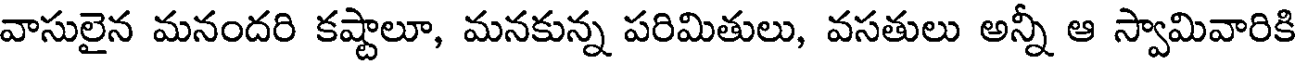
వాసులైన మనందరి కష్టాలూ, మనకున్న పరిమితులు, వసతులు అన్నీ ఆ స్వామివారికి